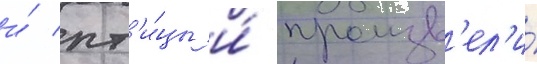
и́ пт'и́цы и́ произв'ел'и́